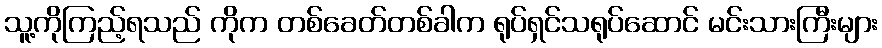
သူ့ကိုကြည့်ရသည် ကိုက တစ်ခေတ်တစ်ခါက ရုပ်ရှင်သရုပ်ဆောင် မင်းသားကြီးများ